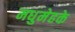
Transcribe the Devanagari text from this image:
मधुमेहके